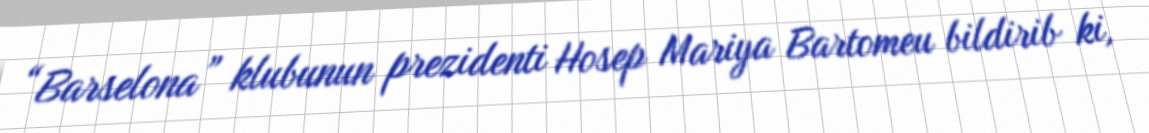
“Barselona” klubunun prezidenti Hosep Mariya Bartomeu bildirib ki,